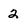
Character: 2